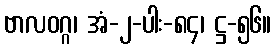
ဗာလဝဂ္ဂ၊ အံ-၂-ပါး-၈၄၊ ဋ္ဌ-၅၆။